Problem: 13 + 36 = ?
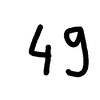
Handwritten answer: 49